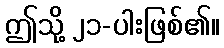
ဤသို့ ၂၁-ပါးဖြစ်၏။